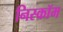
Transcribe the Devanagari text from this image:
निस्कॉम